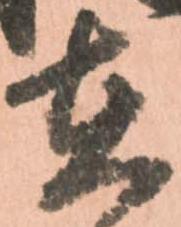
在